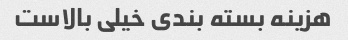
هزینه بسته بندی خیلی بالاست